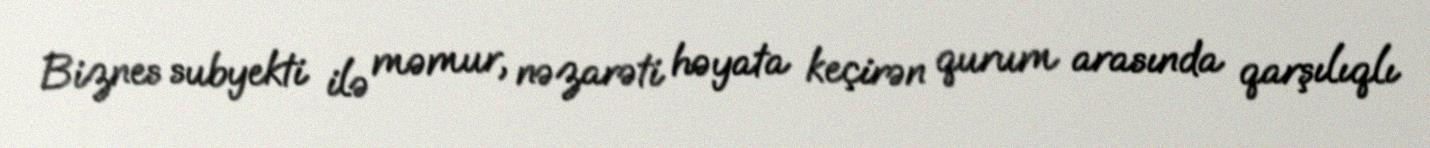
Biznes subyekti ilə məmur, nəzarəti həyata keçirən qurum arasında qarşılıqlı